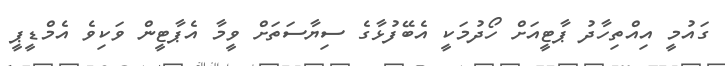
ގައުމީ އިއްތިހާދު ޕާޓީއަށް ހޯދުމަކީ އެބޭފުޅާގެ ސިޔާސަތަށް ވީމާ އެޕާޓީން ވަކިވެ އެމްޑީޕީ